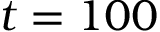
t = 1 0 0